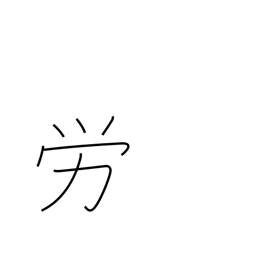
Meaning: labor